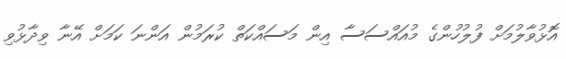
އޮޅުވާލުމަށް ފުލުހުންގެ މުއައްސަސާ އިން މަސައްކަތް ކުރަމުން އަންނަ ކަމަށް އޭނާ ވިދާޅުވި